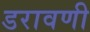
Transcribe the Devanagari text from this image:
डरावणी